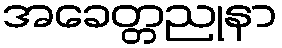
အခေတ္တညုနာ